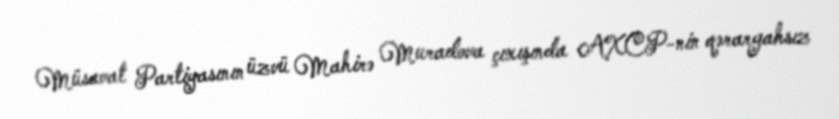
Müsavat Partiyasının üzvü Mahirə Muradova çıxışında AXCP-nin qərargahsız